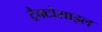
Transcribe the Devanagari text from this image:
ट्रैक्टोसाइल